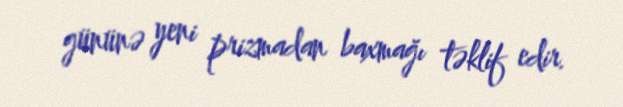
gününə yeni prizmadan baxmağı təklif edir.